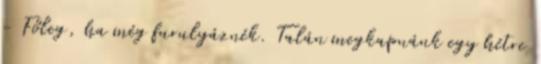
- Főleg, ha még furulyáznék. Talán megkapnánk egy hétre